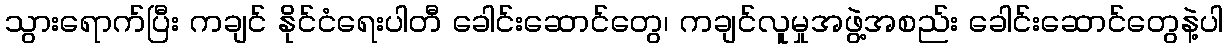
သွားရောက်ပြီး ကချင် နိုင်ငံရေးပါတီ ခေါင်းဆောင်တွေ၊ ကချင်လူမှုအဖွဲ့အစည်း ခေါင်းဆောင်တွေနဲ့ပါ